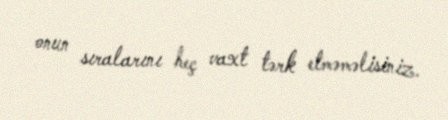
onun sıralarını heç vaxt tərk etməməlisiniz.